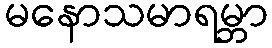
မနောသမာရမ္ဘာ